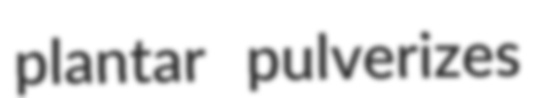
plantar pulverizes